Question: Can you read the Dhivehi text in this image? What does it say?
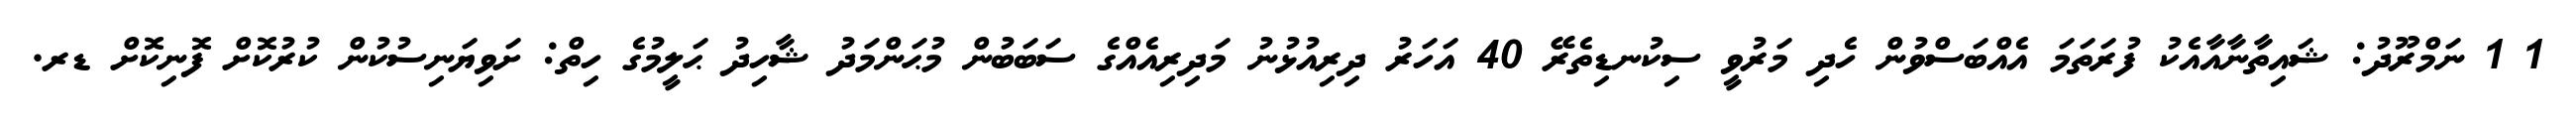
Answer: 1 1 ނަމްރޫދު: ޝައިތާނާއާއެކު ފުރަތަމަ އެއްބަސްވުން ހެދި މަރުވީ ސިކުނޑިތެރޭ 40 އަހަރު ދިރިއުޅުނު މަދިރިއެއްގެ ސަބަބުން މުޙަންމަދު ޝާހިދު ޙަލީމުގެ ހިތް: ށަވިޔަނިސުކުން ކުރުކޮށް ފޮނިކޮށް ޑރ.